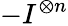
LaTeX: -I^{\otimes n}